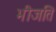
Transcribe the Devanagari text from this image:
भीजति